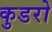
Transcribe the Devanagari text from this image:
कुडरो